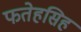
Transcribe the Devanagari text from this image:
फतेहसिह